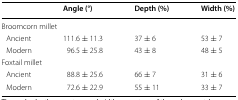
|  | Angle (°) | Depth (%) | Width (%) |
 | --- | --- | --- | --- |
 | <COLSPAN=4> Broomcorn millet |
 | Ancient | 111.6 ± 11.3 | 37 ± 6 | 53 ± 7 |
 | Modern | 96.5 ± 25.8 | 43 ± 8 | 48 ± 5 |
 | <COLSPAN=4> Foxtail millet |
 | Ancient | 88.8 ± 25.6 | 66 ± 7 | 31 ± 6 |
 | Modern | 72.6 ± 22.9 | 55 ± 11 | 33 ± 7 |